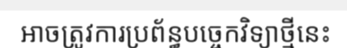
អាចត្រូវការប្រព័ន្ធបច្ចេកវិទ្យាថ្មីនេះ